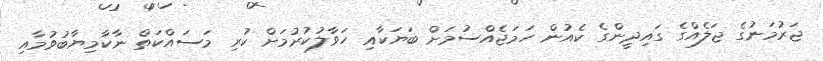
ޖަރުމަނުގެ ޖަލެއްގެ ގައިދީންގެ ކެއުން ހަމަޖެއްސުމަށް ބަޔަކާއި ހަވާލުކުރުމަށް ކުރި މަސައްކަތް ނާކާމިޔާބުވުމާއި